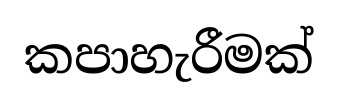
කපාහැරීමක්